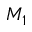
M _ { 1 }